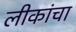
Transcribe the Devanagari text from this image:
लीकांचा